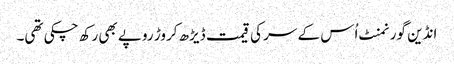
انڈین گورنمنٹ اُس کے سر کی قیمت ڈیڑھ کروڑ روپے بھی رکھ چکی تھی۔